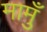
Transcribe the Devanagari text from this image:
मामुँ